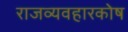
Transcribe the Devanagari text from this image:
राजव्यवहारकोष